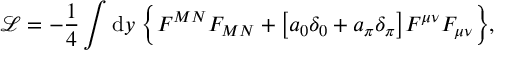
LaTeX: { \mathcal { L } } = - \frac { 1 } { 4 } \int { \mathrm { d } } y \; \Big \{ F ^ { M N } F _ { M N } + \big [ a _ { 0 } \delta _ { 0 } + a _ { \pi } \delta _ { \pi } \big ] F ^ { \mu \nu } F _ { \mu \nu } \Big \} ,